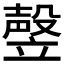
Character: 𰩩